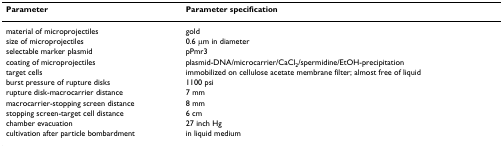
| Parameter | Parameter specification |
 | --- | --- |
 | material of microprojectiles | gold |
 | size of microprojectiles | 0.6 μm in diameter |
 | selectable marker plasmid | pPmr3 |
 | coating of microprojectiles | plasmid-DNA/microcarrier/CaCl2/spermidine/EtOH-precipitation |
 | target cells | immobilized on cellulose acetate membrane filter; almost free of liquid |
 | burst pressure of rupture disks | 1100 psi |
 | rupture disk-macrocarrier distance | 7 mm |
 | macrocarrier-stopping screen distance | 8 mm |
 | stopping screen-target cell distance | 6 cm |
 | chamber evacuation | 27 inch Hg |
 | cultivation after particle bombardment | in liquid medium |